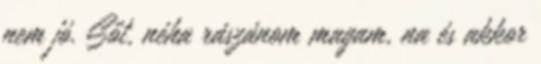
nem jó. Sőt, néha rászánom magam, na és akkor